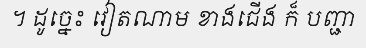
។ ដូច្នេះ វៀតណាម ខាងជើង ក៏ បញ្ជា